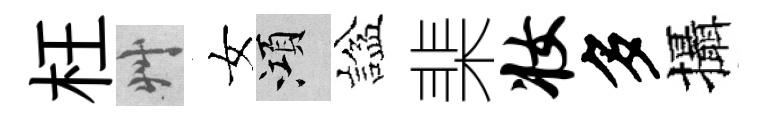
枉艸女澒諡棐妆多攝